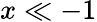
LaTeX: x\ll-1